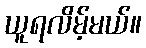
ယူရလိမ့်မယ်။